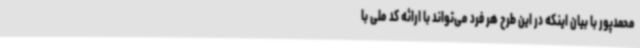
محمدپور با بیان اینکه در این طرح هر فرد می‌تواند با ارائه کد ملی با